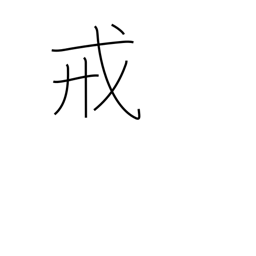
Meaning: commandment